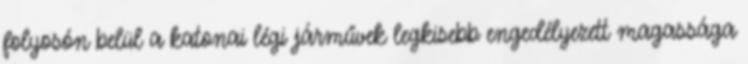
folyosón belül a katonai légi járművek legkisebb engedélyezett magassága